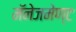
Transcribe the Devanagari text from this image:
मॅनेजमेण्ट